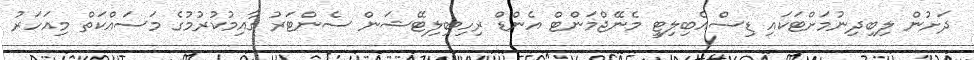
ދަށުން ލިބިދިނުމަށްޓަކައި ޑިސްއެބިލިޓީ މެނޭޖްމަންޓް އެންޑް ރިހިބިލިޓޭޝަން ސެންޓަރު ގާއިމުކުރުމުގެ މަސައްކަތް މިއަހަރު